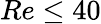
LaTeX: Re\leq 40